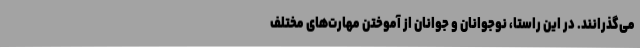
می‌گذرانند. در این راستا، نوجوانان و جوانان از آموختن مهارت‌های مختلف